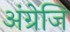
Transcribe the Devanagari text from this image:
अंग्रेजि